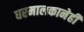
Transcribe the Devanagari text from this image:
घरमालकानेही